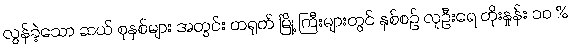
လွန်ခဲ့သော ဆယ် စုနှစ်များ အတွင်း တရုတ် မြို့ ကြီးများတွင် နှစ်စဉ် လူဦးရေ တိုးနှုန်း ၁၀ %